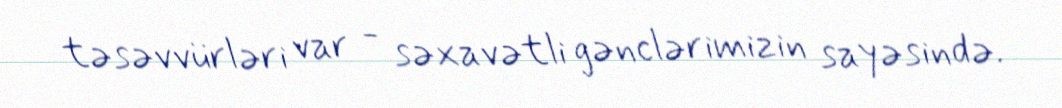
təsəvvürləri var - səxavətli gənclərimizin sayəsində.